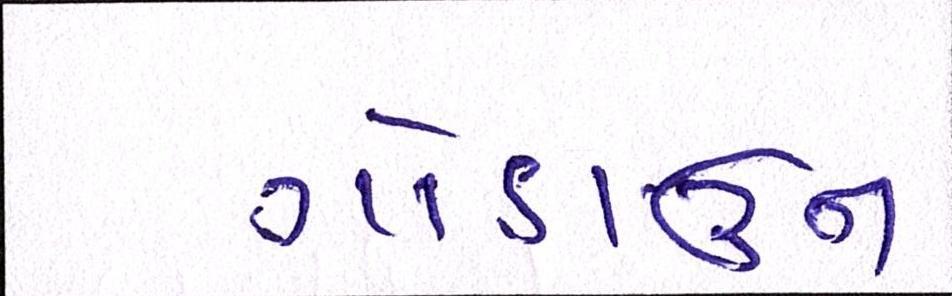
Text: ગોડાઉન